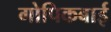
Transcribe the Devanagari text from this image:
गोपिकबाई